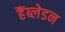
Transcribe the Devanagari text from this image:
हैंब्लेडन